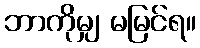
ဘာကိုမျှ မမြင်ရ။